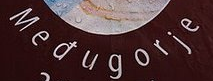
Medugorje